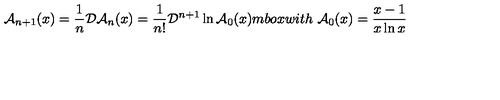
{ \cal A } _ { n + 1 } ( x ) = \frac { 1 } { n } { \cal D } { \cal A } _ { n } ( x ) = \frac { 1 } { n ! } { \cal D } ^ { n + 1 } \ln { \cal A } _ { 0 } ( x ) m b o x { w i t h } \ { \cal A } _ { 0 } ( x ) = \frac { x - 1 } { x \ln x } \,